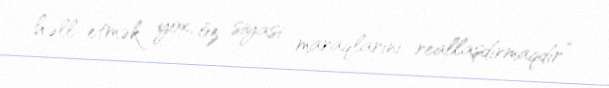
həll etmək yox, öz siyasi maraqlarını reallaşdırmaqdır”.